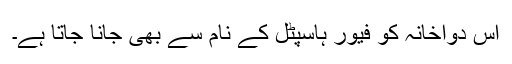
اس دواخانہ کو فیور ہاسپٹل کے نام سے بھی جانا جاتا ہے۔